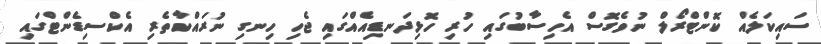
ސައިކަލެއް ކޮންޓްރޯލް ނުވެގޮސް އެހިސާބުގައި ހުރި ހޮޅިދަނޑިއެއްގައި ޖެހި ހިނގި ނުރައްކާތެރި އެކްސިޑެންޓްގައި